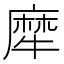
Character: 犘